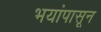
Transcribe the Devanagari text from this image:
भयांपासून